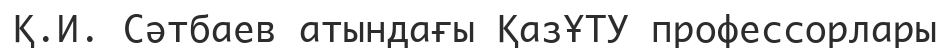
Қ.И. Сәтбаев атындағы ҚазҰТУ профессорлары